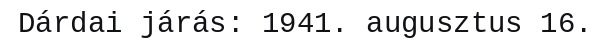
Dárdai járás: 1941. augusztus 16.